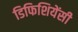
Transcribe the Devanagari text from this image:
डिफिशियेंसी